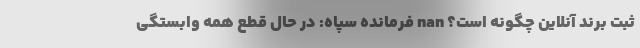
ثبت برند آنلاین چگونه است؟ nan فرمانده سپاه: در حال قطع همه وابستگی